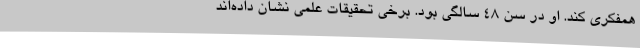
همفکری کند. او در سن 48 سالگی بود. برخی تحقیقات علمی نشان داده‌اند